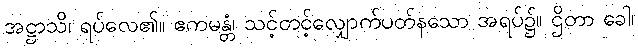
အဋ္ဌာသိ၊ ရပ်လေ၏။ ဧကမန္တံ၊ သင့်တင့်လျှောက်ပတ်နသော အရပ်၌။ ဌိတာ ခေါ၊